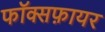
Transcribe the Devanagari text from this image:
फॉक्सफ़ायर